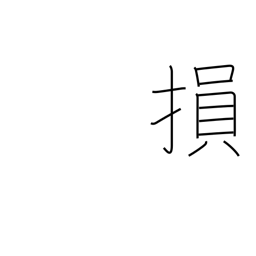
Meaning: damage